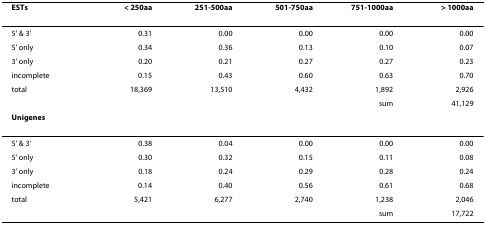
<table><thead><tr><td><b>ESTs</b></td><td><b>&lt; 250aa</b></td><td><b>251-500aa</b></td><td><b>501-750aa</b></td><td><b>751-1000aa</b></td><td><b>&gt; 1000aa</b></td></tr></thead><tbody><tr><td>5&#x27; &amp; 3&#x27;</td><td>0.31</td><td>0.00</td><td>0.00</td><td>0.00</td><td>0.00</td></tr><tr><td>5&#x27; only</td><td>0.34</td><td>0.36</td><td>0.13</td><td>0.10</td><td>0.07</td></tr><tr><td>3&#x27; only</td><td>0.20</td><td>0.21</td><td>0.27</td><td>0.27</td><td>0.23</td></tr><tr><td>incomplete</td><td>0.15</td><td>0.43</td><td>0.60</td><td>0.63</td><td>0.70</td></tr><tr><td>total</td><td>18,369</td><td>13,510</td><td>4,432</td><td>1,892</td><td>2,926</td></tr><tr><td></td><td></td><td></td><td></td><td>sum</td><td>41,129</td></tr><tr><td><b>Unigenes</b></td><td></td><td></td><td></td><td></td><td></td></tr><tr><td>5&#x27; &amp; 3&#x27;</td><td>0.38</td><td>0.04</td><td>0.00</td><td>0.00</td><td>0.00</td></tr><tr><td>5&#x27; only</td><td>0.30</td><td>0.32</td><td>0.15</td><td>0.11</td><td>0.08</td></tr><tr><td>3&#x27; only</td><td>0.18</td><td>0.24</td><td>0.29</td><td>0.28</td><td>0.24</td></tr><tr><td>incomplete</td><td>0.14</td><td>0.40</td><td>0.56</td><td>0.61</td><td>0.68</td></tr><tr><td>total</td><td>5,421</td><td>6,277</td><td>2,740</td><td>1,238</td><td>2,046</td></tr><tr><td></td><td></td><td></td><td></td><td>sum</td><td>17,722</td></tr></tbody></table>